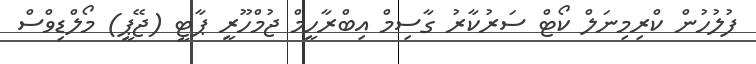
ފުލުހުން ކްރިމިނަލް ކޯޓް ސަރުކާރު ގާސިމް އިބްރާހީމް ޖުމްހޫރީ ޕާޓީ (ޖޭޕީ) މޯލްޑިވްސް